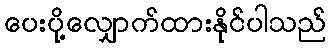
ပေးပို့လျှောက်ထားနိုင်ပါသည်